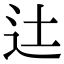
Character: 𨑒